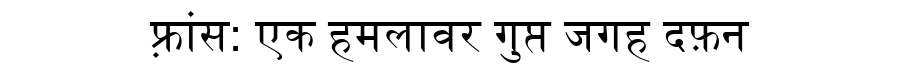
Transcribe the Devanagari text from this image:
फ़्रांस: एक हमलावर गुप्त जगह दफ़न